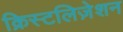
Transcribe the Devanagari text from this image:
क्रिस्टलिज़ेशन